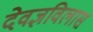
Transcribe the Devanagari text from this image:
देवज्ञविलास